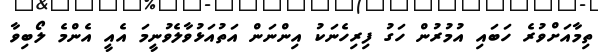
ތިމާއަށްވުރެ ހަބައި އުމުރުން ހަގު ފިރިހެނަކު އިންނަން އަތުއަޅުވާލެވުނީމަ އެއީ އެންމެ ލޯބިވާ